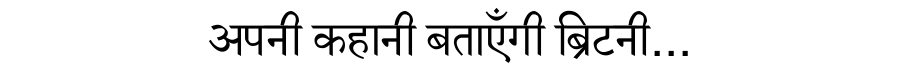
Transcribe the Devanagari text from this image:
अपनी कहानी बताएँगी ब्रिटनी...